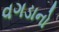
વગડાનો